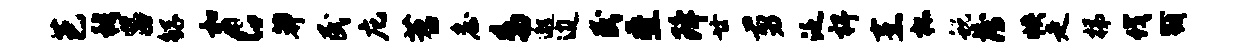
芭穆吕鲧和c莽民庀苕詹鸟邈边民叠降廿剪泛裨烹杯蜕薄帙走梯伐戮